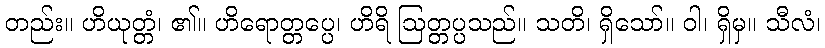
တည်း။ ဟိယုတ္တံ၊ ၏။ ဟိရောတ္တပ္ပေ၊ ဟိရိ ဩတ္တပ္ပသည်။ သတိ၊ ရှိသော်။ ဝါ၊ ရှိမှ။ သီလံ၊